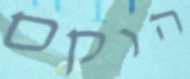
הוקם